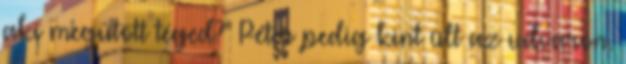
aki megütött téged?'' Péter pedig kint ült az udvaron.